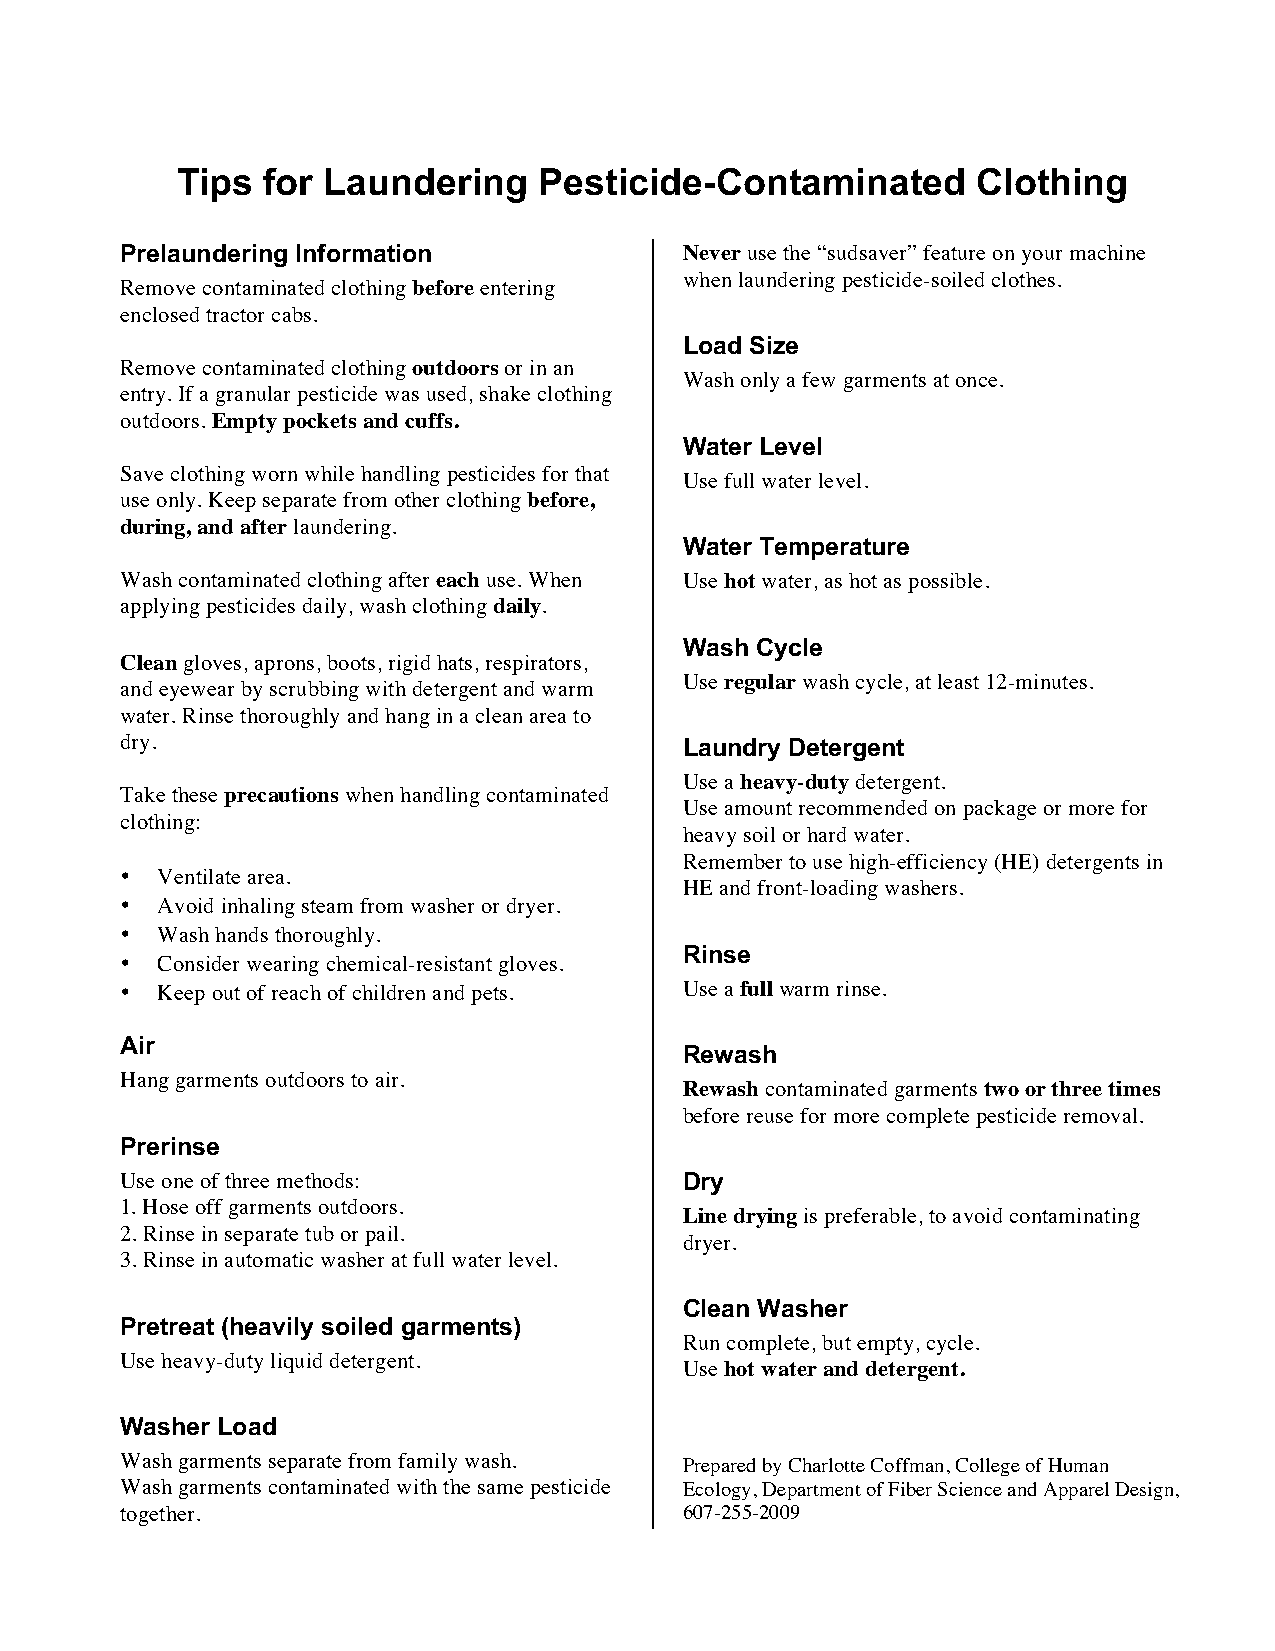
Tips for Laundering     Pesticide-­Contaminated      Clothing
 Prelaundering Information            Never use the “sudsaver” feature on your machine
 when laundering pesticide-soiled clothes.
 Remove contaminated clothing before entering
 enclosed tractor cabs.
 Load Size
 Remove contaminated clothing outdoors or in an
 Wash only a few garments at once.
 entry. If a granular pesticide was used, shake clothing
 outdoors. Empty pockets and cuffs.
 Water Level
 Save clothing worn while handling pesticides for that
 Use full water level.
 use only. Keep separate from other clothing before,
 during, and after laundering.
 Water Temperature
 Wash contaminated clothing after each use. When Use hot water, as hot as possible.
 applying pesticides daily, wash clothing daily.
 Wash Cycle
 Clean gloves, aprons, boots, rigid hats, respirators,
 Use regular wash cycle, at least 12-minutes.
 and eyewear by scrubbing with detergent and warm
 water. Rinse thoroughly and hang in a clean area to
 dry.                                 Laundry Detergent
 Use a heavy-duty detergent.
 Take these precautions when handling contaminated
 Use amount recommended on package or more for
 clothing:
 heavy soil or hard water.
 Remember to use high-efficiency (HE) detergents in
 • Ventilate area.
 HE and front-loading washers.
 • Avoid inhaling steam from washer or dryer.
 • Wash hands thoroughly.
 Rinse
 • Consider wearing chemical-resistant gloves.
 • Keep out of reach of children and pets. Use a full warm rinse.
 Air
 Rewash
 Hang garments outdoors to air.
 Rewash contaminated garments two or three times
 before reuse for more complete pesticide removal.
 Prerinse
 Use one of three methods:            Dry
 1. Hose off garments outdoors.
 Line drying is preferable, to avoid contaminating
 2. Rinse in separate tub or pail.
 dryer.
 3. Rinse in automatic washer at full water level.
 Clean Washer
 Pretreat (heavily soiled garments)
 Run complete, but empty, cycle.
 Use heavy-duty liquid detergent.
 Use hot water and detergent.
 Washer Load
 Wash garments separate from family wash. Prepared by Charlotte Coffman, College of Human
 Wash garments contaminated with the same pesticide Ecology, Department of Fiber Science and Apparel Design,
 together.                            607-255-2009